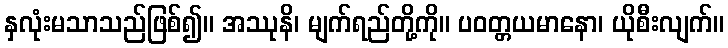
နှလုံးမသာသည်ဖြစ်၍။ အဿုနိ၊ မျက်ရည်တို့ကို။ ပဝတ္တယမာနော၊ ယိုစီးလျက်။